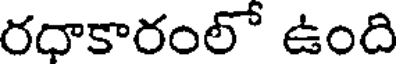
రధాకారంలో ఉంది